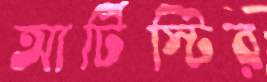
আর্টিস্টির